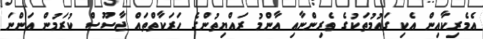
އެމެރިކާއިން އެކި ގައުމުތަކުގެ ވެރިންނާއި އާންމު ރައްޔިތުންގެ ހަރަކާތްތައް ޖާސޫސް ކުރަމުން އަންނަ